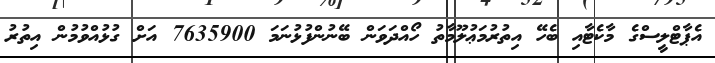
އެޕާޓްލީސްގެ މާކެޓާއި ބެހޭ އިތުރުމަޢުލޫމާތު ހޯއްދަވަން ބޭނުންފުޅުނަމަ 7635900 އަށް ގުޅުއްވުމުން އިތުރު